Insane asylums in Bengal annual reports 1867-1875 - 1867-1875
Year: 1867
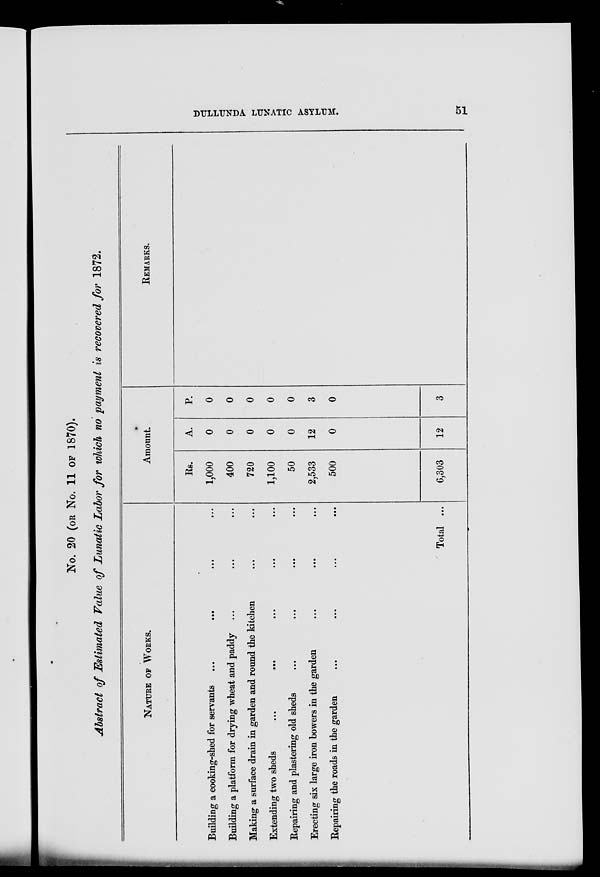
DULLUNDA LUNAT1C ASYLUM.
51
No. 20 (OR No. 11 OF 1870).
Abstract of Estimated Value of Lunatic Labor for which no payment is recovered for 1872.
NATURE OF WORKS.
Building a cooking-shed for servants ... ... ... ...
Building a platform for drying wheat and paddy ... ... ...
Making a surface drain in garden and round the kitchen ... ...
Extending two sheds
...
...
Repairing and plastering old sheds ... ... ... ...
Erecting six large iron bowers in the garden ... ... ...
Repairing the roads in the garden ... ... ... ...
Total ...
Amount.
Rs.
1,000
400
720
1,100
50
2,533
500
6,303
A.
0
0
0
0
0
12
0
12
P.
0
0
0
0
0
3
0
3
REMARKS.